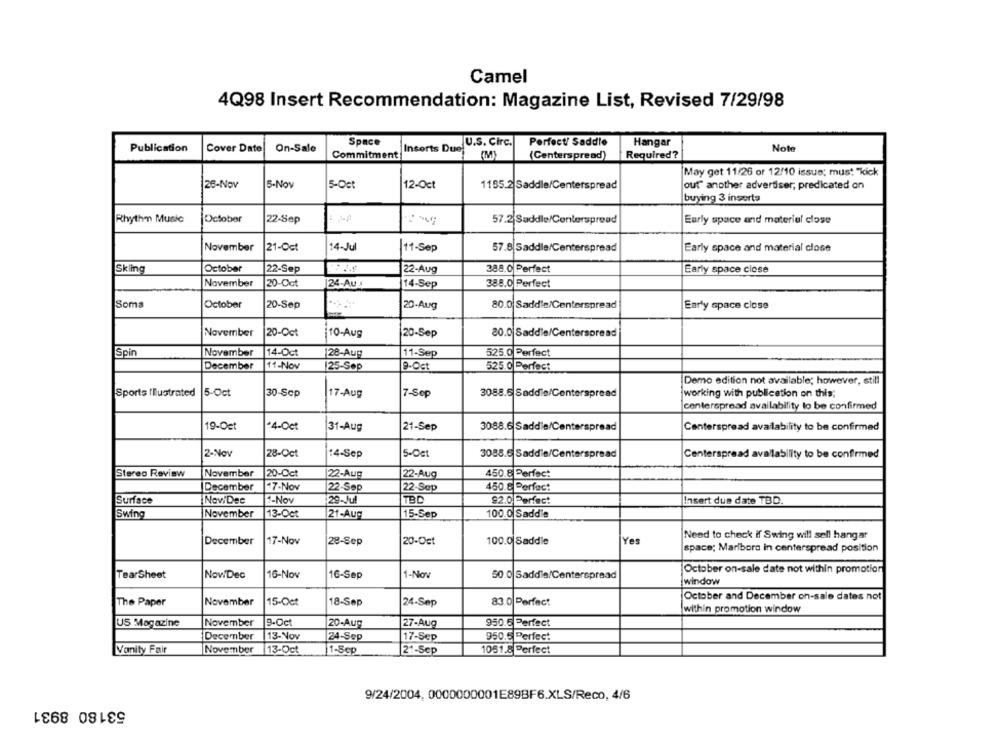
Camel
4Q98 Insert Recommendation: Magazine List, Revised 7/29/98
Space
U.S. Circ.
Perfect/ Saddle
Hangar
Publication
Cover Date
On-Sale
Insorts Due
Note
Commitment
(Centerspread)
Required?
May get 11/26 or 12/10 issue: must "kick
26-Nov
5-Nov
5-Oct
12-Oct
1155.2 Saddle/Centerspread
out" another advertiser; predicated on
buying 3 inserts
Rhythm Music
October
22-Sep
LA
57.2 Saddle/Centerspread
Early space and materiel close
November
21-Oct
14-Jul
Itt-Sep
57.8 Saddle/Centerspread
Early space and material close
October
388.0 Perfect
Skling
22-Sep
22-Aug
Early space close
November
20-Oct
388.0 Perfect
24-Au
14-Sep
Soma
October
80.0 Saddle/Centerspread
20-Sep
20-Aug
Early space close
November
20-Oct
10-Aug
20-Sep
20.0 Saddle/Centerspread
Spin
November
14-Oct
128-Aug
11-Sep
December
11-Nov
125-Sep
9-Oct
525.0 Perfect
Demo edition not available; however, still
Sports Illustrated |5-Oct
30-Scp
17-Aug
7-Sep
3088.6 Saddle/Centerspread
working with publication on this;
centerspread availability to be confirmed
19-Ost
4-Oct
31-Aug
21-Sep
3088.6 Saddle/Centerspread
Centerspread availability to be confirmed
2-Nov
28-Oct
5-Oct
14-Sep
3088.6 Saddie/Centerspread
Centerspread availability to be confirmed
Stereo Review
November
20-Oct
22-Aug
22-Aug
450.8 Perfect
December
7-Nov
22-Sep
22-Sep
450.8 Perfect
Surface
Nov/Dec
1-Nov
29-Jul
TBD
82.0 Perfect
Insert due date TBD.
100.0 Saddle
Swing
November
13-Oct
21-Aug
15-Sep
December
17-Nov
28-Sep
20-Oct
100.0 Saddle
Yes
Need to check if Swing will sell hangar
space; Marlboro in centerspread position
October on-sale date not within promotion
TearSheet
NowiDec
16-Nov
16-Sep
1-Nov
50.0 Saddle/Centerspread
window
The Paper
November
15-Oct
18-Sep
24-Sep
83.0 Perfect
October and December on-sale dates not
within promotion window
US Magazine
November
9-Oct
20-Aug
27-Aug
950.6 Perfect
December
13-Nov
24-Sep
17-Sep
950.5 Perfect
Vanity Fair
November
13-Oct
1-Sep
21-Scp
1051.8 Perfect
9/24/2004, 0000000001E89BF6.XLS/Reco, 4/6
53180 8931